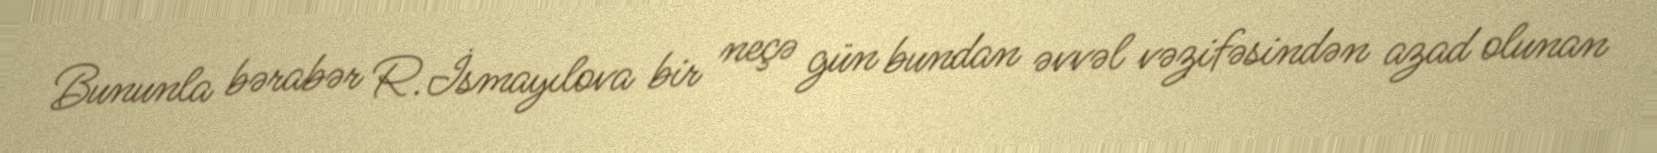
Bununla bərabər R.İsmayılova bir neçə gün bundan əvvəl vəzifəsindən azad olunan